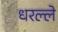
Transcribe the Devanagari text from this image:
धरल्ले